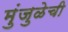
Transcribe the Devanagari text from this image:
मुंजुळेची